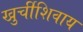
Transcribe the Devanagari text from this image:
खुर्चीशिवाय